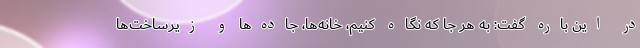
در این باره گفت: به هر جا که نگاه کنیم، خانه‌ها، جاده‌ها و زیرساخت‌ها